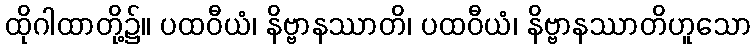
ထိုဂါထာတို့၌။ ပထဝီယံ၊ နိဗ္ဗာနဿာတိ၊ ပထဝီယံ၊ နိဗ္ဗာနဿာတိဟူသော